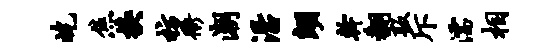
屹焦换枋衢潮沿翊干翻叛斥濡相